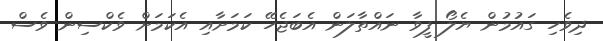
ދިވެހި ގައުމުން ޔެލޯ ފީވާ ނައްތާލަން އެބަޖެހޭ ކަަމަށާއި އެކަމަށް ވެކްސިން ވެސް